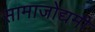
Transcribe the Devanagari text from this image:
सामाजोद्यमी